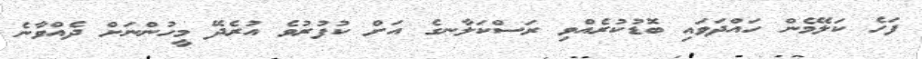
ފަހެ ކަލޭމެން ހައްދަވައި ބޮޑުކުރެއްވި ރަސްކަލާނގެ އަށް ކުފުރުވެ އުރެދޭ މީހުންނަށް ދެއްވާނެ